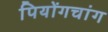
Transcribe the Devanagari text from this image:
पियोंगचांग